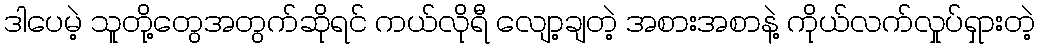
ဒါပေမဲ့ သူတို့တွေအတွက်ဆိုရင် ကယ်လိုရီ လျော့ချတဲ့ အစားအစာနဲ့ ကိုယ်လက်လှုပ်ရှားတဲ့